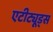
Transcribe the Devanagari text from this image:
एटीट्यूड्स